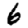
Digit: 6